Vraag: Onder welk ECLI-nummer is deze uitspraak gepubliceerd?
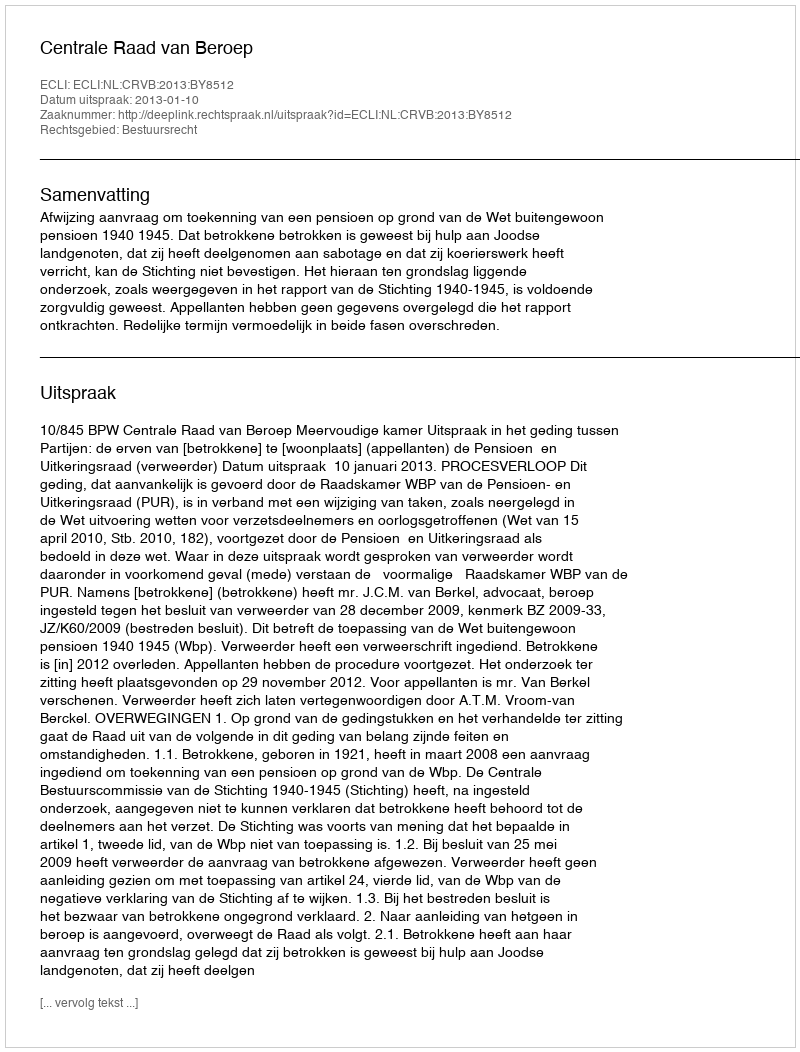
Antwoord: ECLI:NL:CRVB:2013:BY8512